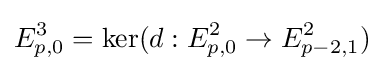
E_{p,0}^{3}=\operatorname {ker} (d:E_{p,0}^{2}\to E_{p-2,1}^{2})